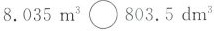
$$8.035 m^{3} \bigcirc 803.5 dm^{3}$$